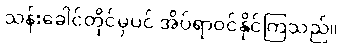
သန်းခေါင်တိုင်မှပင် အိပ်ရာဝင်နိုင်ကြသည်။